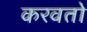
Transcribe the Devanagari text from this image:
करवतो